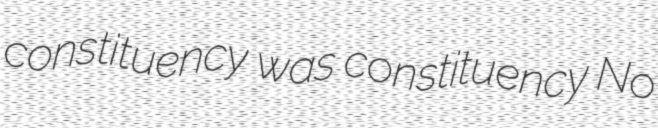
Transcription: constituency was constituency No